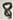
Text: 8